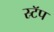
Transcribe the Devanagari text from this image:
स्र्टॅप